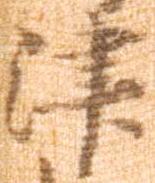
津